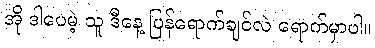
အို ဒါပေမဲ့ သူ ဒီနေ့ ပြန်ရောက်ချင်လဲ ရောက်မှာပါ။